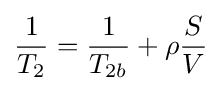
{\frac {1}{T_{2}}}={\frac {1}{T_{2b}}}+\rho {\frac {S}{V}}